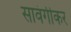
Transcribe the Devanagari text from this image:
सावंगीकर